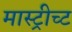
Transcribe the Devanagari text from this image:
मास्ट्रीच्ट